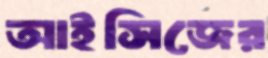
আইসিজের